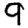
Digit: 9